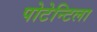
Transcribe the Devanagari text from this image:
पोटेन्टिला